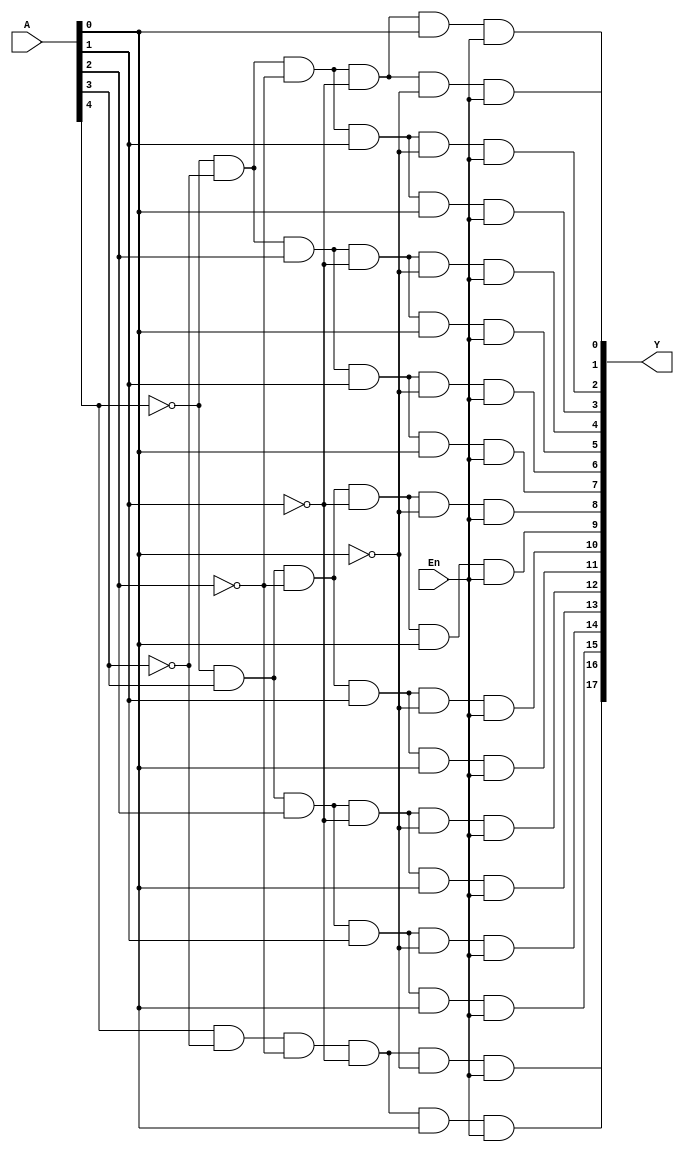
`timescale 1ns / 1ps

module Five_In_Decoder(Y,A,En);

input [4:0] A;
input En;
output [17:0] Y;

wire [4:0] a;

not A0(a[0],A[0]);
not A1(a[1],A[1]);
not A2(a[2],A[2]);
not A3(a[3],A[3]);
not A4(a[4],A[4]);

and B0(Y[0],a[4],a[3],a[2],a[1],a[0],En);
and B1(Y[1],a[4],a[3],a[2],a[1],A[0],En);
and B2(Y[2],a[4],a[3],a[2],A[1],a[0],En);
and B3(Y[3],a[4],a[3],a[2],A[1],A[0],En);
and B4(Y[4],a[4],a[3],A[2],a[1],a[0],En);
and B5(Y[5],a[4],a[3],A[2],a[1],A[0],En);
and B6(Y[6],a[4],a[3],A[2],A[1],a[0],En);
and B7(Y[7],a[4],a[3],A[2],A[1],A[0],En);
and B8(Y[8],a[4],A[3],a[2],a[1],a[0],En);
and B9(Y[9],a[4],A[3],a[2],a[1],A[0],En);
and B10(Y[10],a[4],A[3],a[2],A[1],a[0],En);
and B11(Y[11],a[4],A[3],a[2],A[1],A[0],En);
and B12(Y[12],a[4],A[3],A[2],a[1],a[0],En);
and B13(Y[13],a[4],A[3],A[2],a[1],A[0],En);
and B14(Y[14],a[4],A[3],A[2],A[1],a[0],En);
and B15(Y[15],a[4],A[3],A[2],A[1],A[0],En);
and B16(Y[16],A[4],a[3],a[2],a[1],a[0],En);
and B17(Y[17],A[4],a[3],a[2],a[1],A[0],En);

endmodule